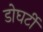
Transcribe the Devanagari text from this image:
डोघर्टी